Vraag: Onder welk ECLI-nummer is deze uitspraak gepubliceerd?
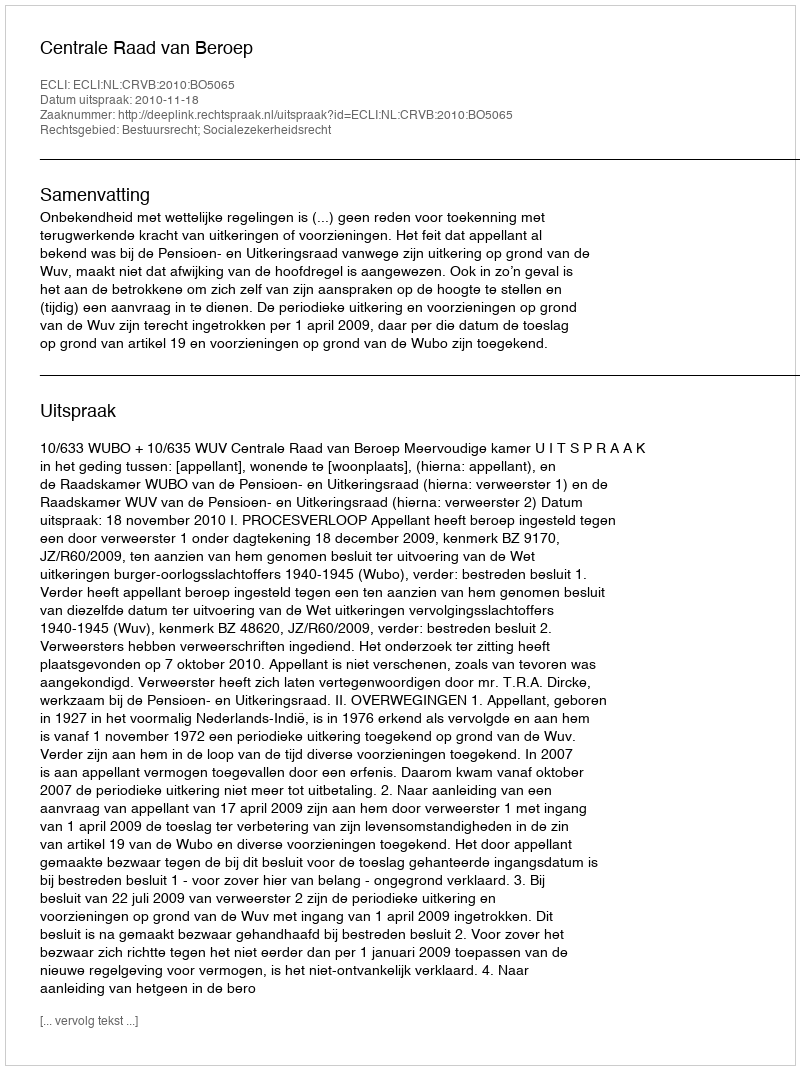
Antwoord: ECLI:NL:CRVB:2010:BO5065